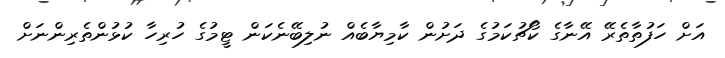
އަށް ހަފުތާތެރޭ އޭނާގެ ކޯޗުކަމުގެ ދަށުން ކާމިޔާބެއް ނުލިބޭނެކަން ޓީމުގެ ހުރިހާ ކުޅުންތެރިންނަށް